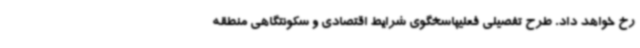
رخ خواهد داد. طرح تفصیلی فعلیپاسخگوی شرایط اقتصادی و سکونتگاهی منطقه